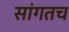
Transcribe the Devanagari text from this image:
सांगतच